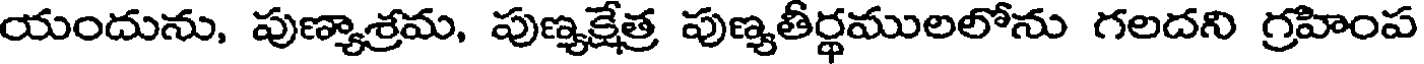
యందును, పుణ్యాశ్రమ, పుణ్యక్షేత్ర పుణ్యతీర్థములలోను గలదని గ్రహింప